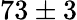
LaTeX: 73\pm 3